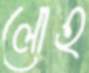
লোহ